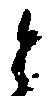
と